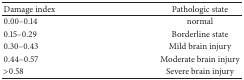
<table><thead><tr><td><b>Damage index</b></td><td><b>Pathologic state</b></td></tr></thead><tbody><tr><td>0.00–0.14</td><td>normal</td></tr><tr><td>0.15–0.29</td><td>Borderline state</td></tr><tr><td>0.30–0.43</td><td>Mild brain injury</td></tr><tr><td>0.44–0.57</td><td>Moderate brain injury</td></tr><tr><td>&gt;0.58</td><td>Severe brain injury</td></tr></tbody></table>